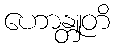
ဟောန္တူတိ